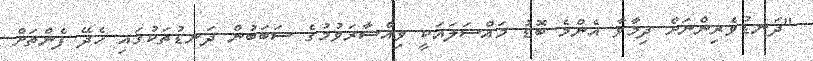
"ދަނޑުވެރިންނަށް ދިމާވާ އެންމެ ބޮޑު މައްސަލައަކީ ވިއްސާރަވުމުގެ ސަބަބުން ދަނޑުތަކުގައި ހެދޭ ފެންތަށް